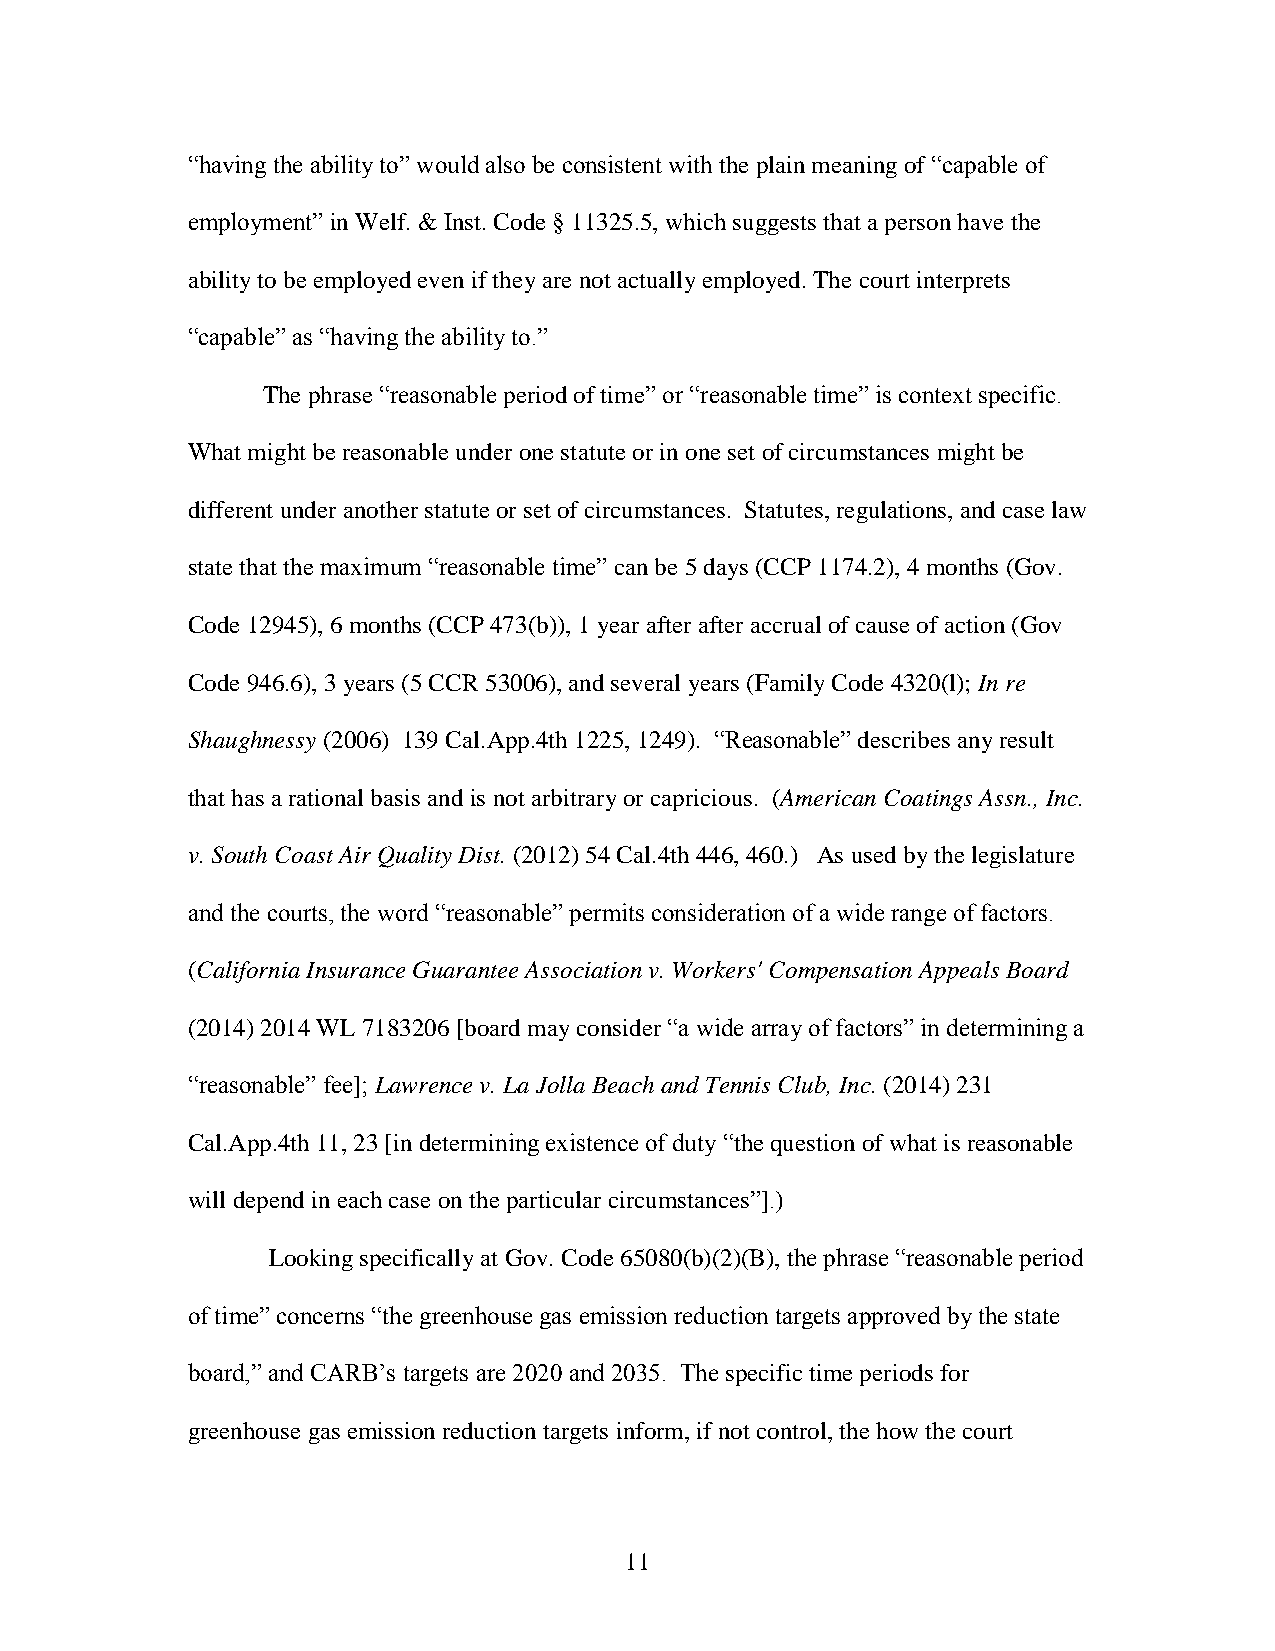
“having the ability to” would also be consistent with the plain meaning of “capable of
 employment” in Welf. & Inst. Code § 11325.5, which suggests that a person have the
 ability to be employed even if they are not actually employed. The court interprets
 “capable” as “having the ability to.”
 The phrase “reasonable period of time” or “reasonable time” is context specific.
 What might be reasonable under one statute or in one set of circumstances might be
 different under another statute or set of circumstances. Statutes, regulations, and case law
 state that the maximum “reasonable time” can be 5 days (CCP 1174.2), 4 months (Gov.
 Code 12945), 6 months (CCP 473(b)), 1 year after after accrual of cause of action (Gov
 Code 946.6), 3 years (5 CCR 53006), and several years (Family Code 4320(l); In re
 Shaughnessy (2006) 139 Cal.App.4th 1225, 1249). “Reasonable” describes any result
 that has a rational basis and is not arbitrary or capricious. (American Coatings Assn., Inc.
 v. South Coast Air Quality Dist. (2012) 54 Cal.4th 446, 460.) As used by the legislature
 and the courts, the word “reasonable” permits consideration of a wide range of factors.
 (California Insurance Guarantee Association v. Workers' Compensation Appeals Board
 (2014) 2014 WL 7183206 [board may consider “a wide array of factors” in determining a
 “reasonable” fee]; Lawrence v. La Jolla Beach and Tennis Club, Inc. (2014) 231
 Cal.App.4th 11, 23 [in determining existence of duty “the question of what is reasonable
 will depend in each case on the particular circumstances”].)
 Looking specifically at Gov. Code 65080(b)(2)(B), the phrase “reasonable period
 of time” concerns “the greenhouse gas emission reduction targets approved by the state
 board,” and CARB’s targets are 2020 and 2035. The specific time periods for
 greenhouse gas emission reduction targets inform, if not control, the how the court
 11